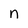
Character: n